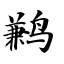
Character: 鹣